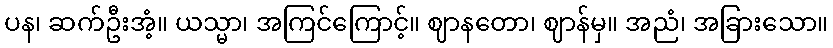
ပန၊ ဆက်ဦးအံ့။ ယသ္မာ၊ အကြင်ကြောင့်။ ဈာနတော၊ ဈာန်မှ။ အညံ၊ အခြားသော။